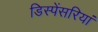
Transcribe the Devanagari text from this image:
डिस्पेंसरियां